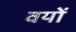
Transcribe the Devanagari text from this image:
वयों